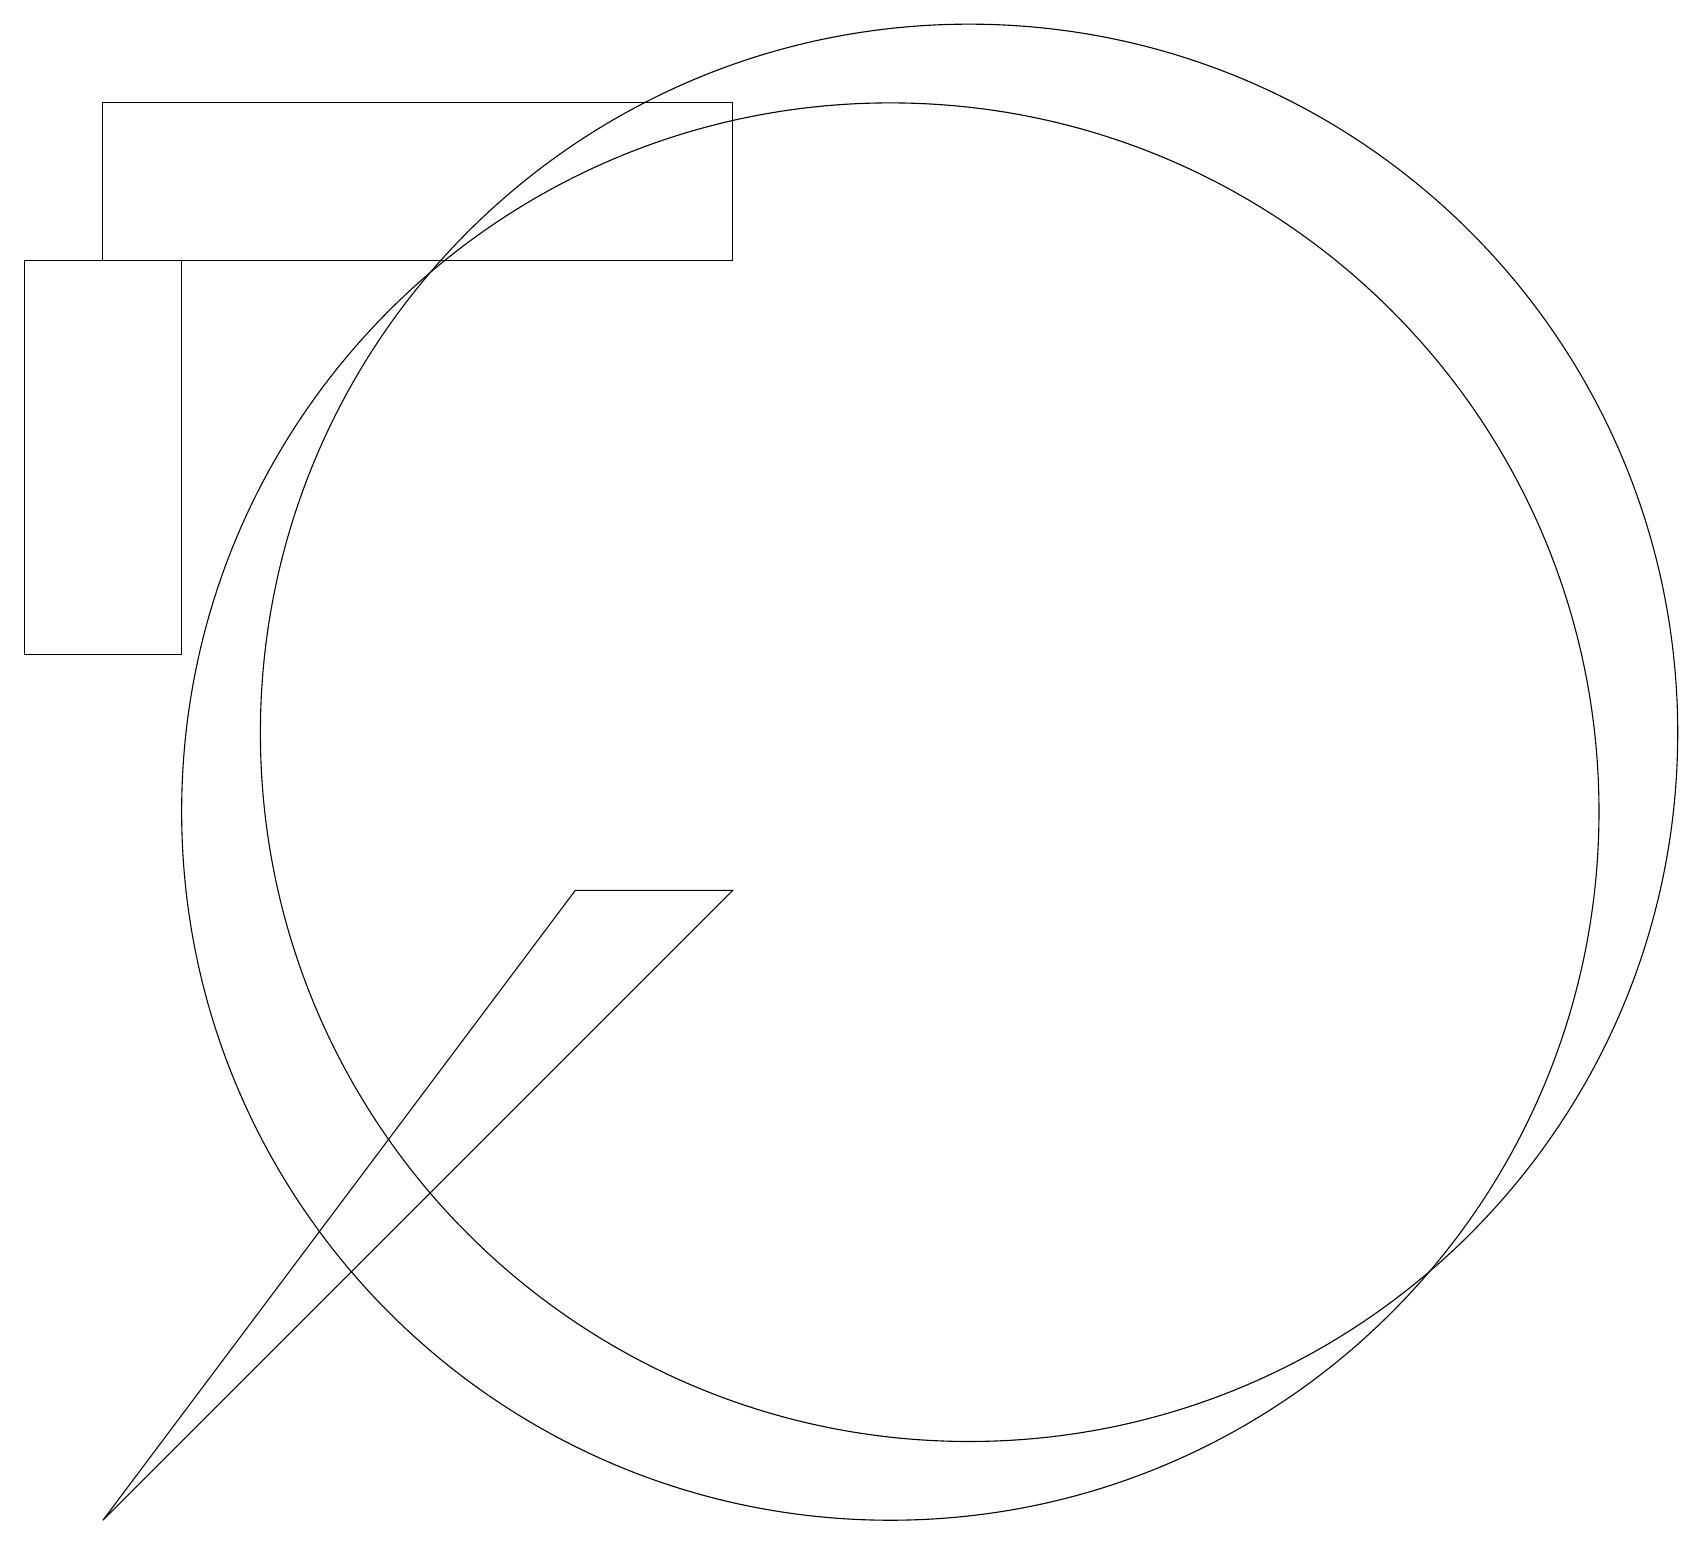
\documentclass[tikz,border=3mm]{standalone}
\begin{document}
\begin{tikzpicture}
\draw (7,9) -- (1,1) -- (9,9) -- cycle;
\draw (9,19) rectangle (1,17);
\draw (2,12) rectangle (0,17);
\draw (11,10) circle (9);
\draw (12,11) circle (9);
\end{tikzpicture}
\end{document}